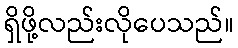
ရှိဖို့လည်းလိုပေသည်။